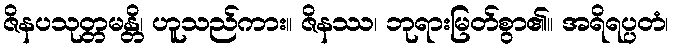
ဇိနပသုတ္တမန္တိ၊ ဟူသည်ကား။ ဇိနဿ၊ ဘုရားမြတ်စွာ၏။ အရိရပ္ပတံ၊